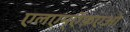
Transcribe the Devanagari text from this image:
एलएम्ऍफ़एओ